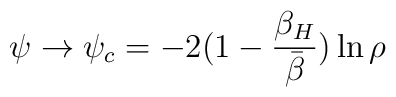
\psi\rightarrow\psi_c=-2(1-{\beta_H \over \bar{\beta}}) \ln \rho